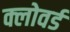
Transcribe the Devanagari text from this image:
क्लोवर्ड